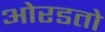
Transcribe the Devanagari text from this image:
ओरडतो